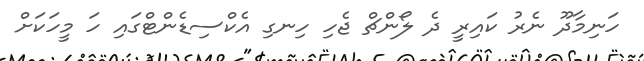
ހަނިމާދޫ ނެރު ކައިރީ ދެ ލޯންޗް ޖެހި ހިނގި އެކްސިޑެންޓްގައި ހަ މީހަކަށް